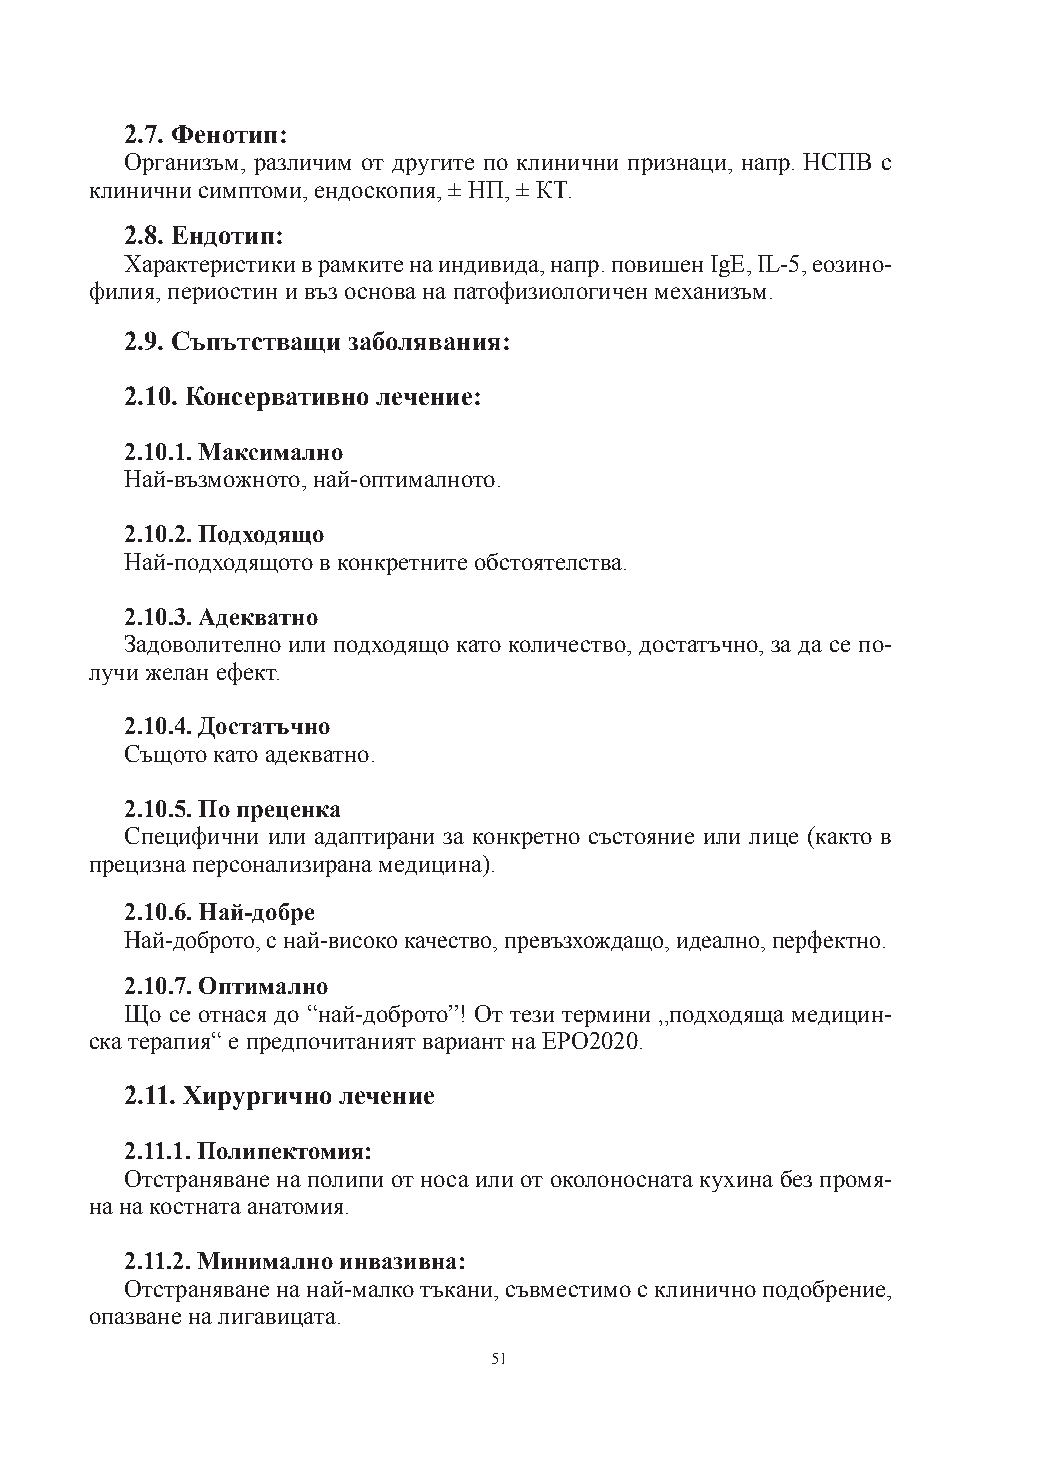
2.7. Фенотип:
 Организъм, различим от другите по клинични признаци, напр. НСПВ с
 клинични симптоми, ендоскопия, ± НП, ± КT.
 2.8. Ендотип:
 Характеристики в рамките на индивида, напр. повишен IgE, IL-5, еозино-
 филия, периостин и въз основа на патофизиологичен механизъм.
 2.9. Съпътстващи заболявания:
 2.10. Консервативно лечение:
 2.10.1. Максимално
 Най-възможното, най-оптималното.
 2.10.2. Подходящо
 Най-подходящото в конкретните обстоятелства.
 2.10.3. Адекватно
 Задоволително или подходящо като количество, достатъчно, за да се по-
 лучи желан ефект.
 2.10.4. Достатъчно
 Същото като адекватно.
 2.10.5. По преценка
 Специфични или адаптирани за конкретно състояние или лице (както в
 прецизна персонализирана медицина).
 2.10.6. Най-добре
 Най-доброто, с най-високо качество, превъзхождащо, идеално, перфектно.
 2.10.7. Оптимално
 Що се отнася до “най-доброто”! От тези термини „подходяща медицин-
 ска терапия“ е предпочитаният вариант на EPO2020.
 2.11. Хирургично лечение
 2.11.1. Полипектомия:
 Отстраняване на полипи от носа или от околоносната кухина без промя-
 на на костната анатомия.
 2.11.2. Минимално инвазивна:
 Отстраняване на най-малко тъкани, съвместимо с клинично подобрение,
 опазване на лигавицата.
 51